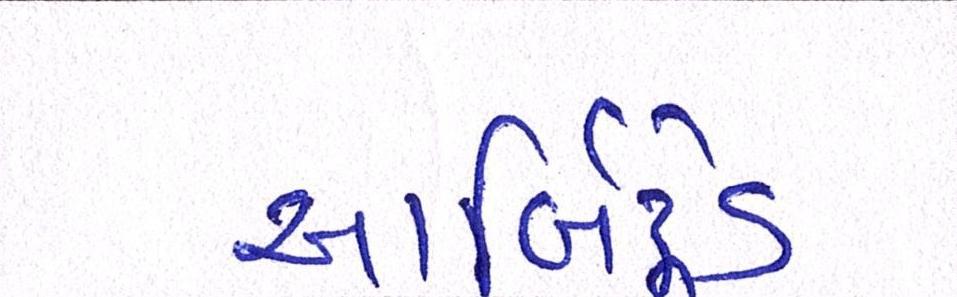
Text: આર્બિટ્રેડ